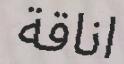
اناقة